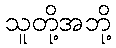
သူတို့အဘို့